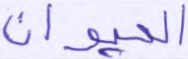
الحيوان